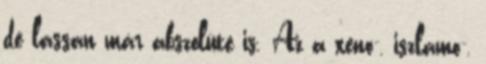
de lassan már abszolúte is. Az a xeno-, iszlamo-,